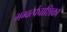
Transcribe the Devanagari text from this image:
भग्वत्पंचाशिका